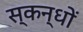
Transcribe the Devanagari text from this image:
स्कन्धों